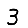
Digit: 3